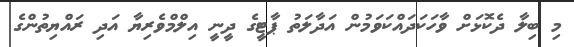
މި ބިލާ ދެކޮޅަށް ވާހަކަދައްކަވަމުން އަދާލަތު ޕާޓީގެ ދީނީ އިލްމްވެރިޔާ އަދި ރައްޔިތުންގެ